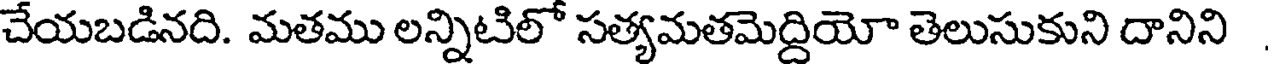
చేయబడినది. మతము లన్నిటిలో సత్యమతమెద్దియో తెలుసుకుని దానిని